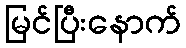
မြင်ပြီးနောက်